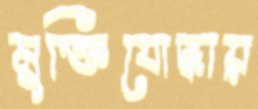
মুক্তিযোদ্ধায়